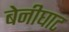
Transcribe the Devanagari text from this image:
बेनीघाट